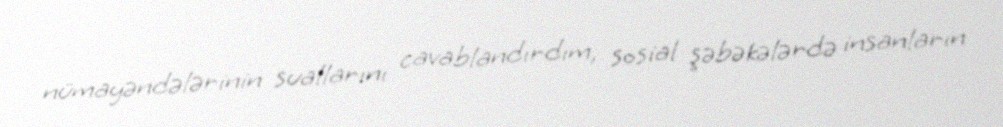
nümayəndələrinin suallarını cavablandırdım, sosial şəbəkələrdə insanların